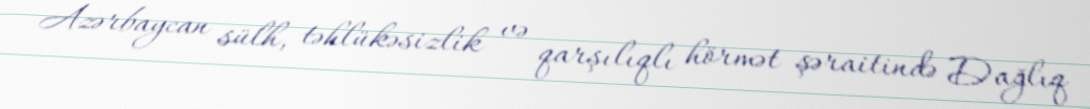
Azərbaycan sülh, təhlükəsizlik və qarşılıqlı hörmət şəraitində Dağlıq